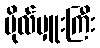
ဗိုလ်မှူးကြီး